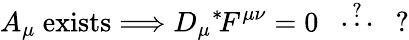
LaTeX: A_{\mu}\mathrm{\ exists}\Longrightarrow D_{\mu}\mathrm{}^{*}\! F^{\mu\nu}=0\ \ \stackrel{?}{\cdots}\ \ ?